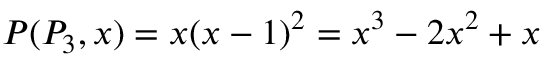
P ( P _ { 3 } , x ) = x ( x - 1 ) ^ { 2 } = x ^ { 3 } - 2 x ^ { 2 } + x